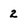
Character: 2